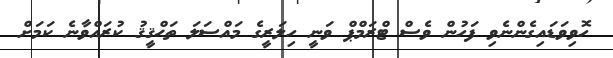
ހޮވިވަޑައިގެންނެވި ފަހުން ވެސް ޓްރަމްޕް ވަނީ ހިލަރީގެ މައްސަލަ ތަޙްޤީޤު ކުރައްވާނެ ކަމަށް